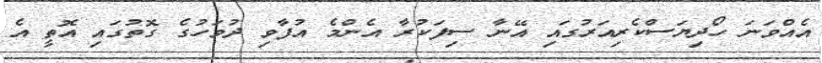
އެއްވަނަ ހޯދިޔަސްކެރިއަރުގައި އޭނާ ސިފަކުރާ އެންމެ އުފާވި ދުވަހުގެ ގޮތުގައި އޮތީ އެ